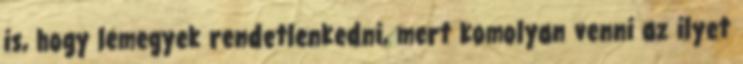
is, hogy lemegyek rendetlenkedni, mert komolyan venni az ilyet